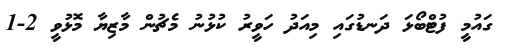
ގައުމީ ފުޓްބޯޅަ ދަނޑުގައި މިއަދު ހަވީރު ކުޅުނު މެޗުން މާޒިޔާ މޮޅުވީ 2-1